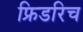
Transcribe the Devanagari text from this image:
फ्रिडरिच